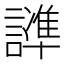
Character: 𲁸